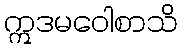
ဣဒမဝေါစာသိ